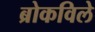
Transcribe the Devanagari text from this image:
ब्रोकविले